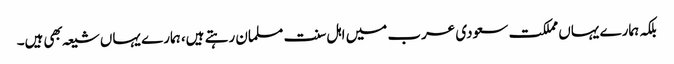
بلکہ ہمارے یہاں مملکت سعودی عرب میں اہل سنت مسلمان رہتے ہیں، ہمارے یہاں شیعہ بهی ہیں۔